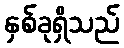
နှစ်ခုရှိသည်